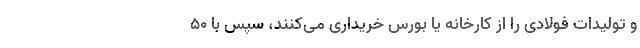
و تولیدات فولادی را از کارخانه یا بورس خریداری می‌کنند، سپس با ۵۰